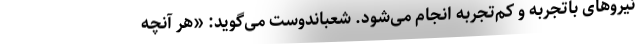
نیروهای باتجربه و کم‌تجربه انجام می‌شود. شعباندوست می‌گوید: «هر آنچه